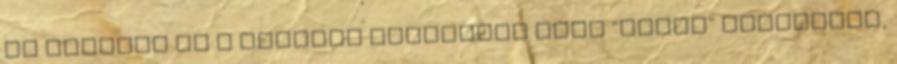
az önmagát és a világot felfedező lány "belső" fejlődése,